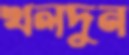
খলদুন